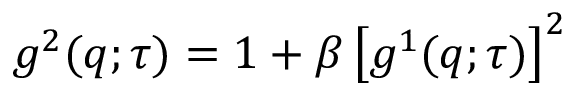
g ^ { 2 } ( q ; \tau ) = 1 + \beta \left[ g ^ { 1 } ( q ; \tau ) \right] ^ { 2 }